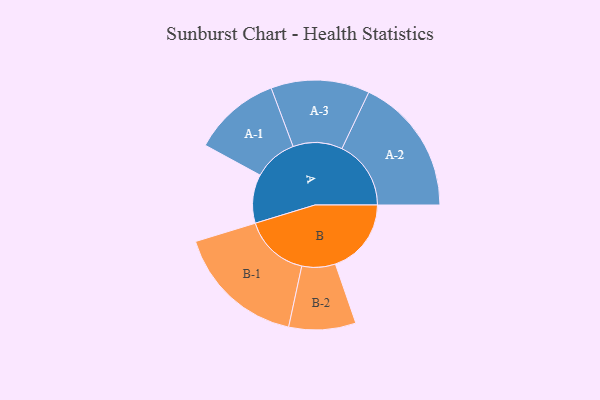
{"axis": {"x": "Segment", "y": "Value"}, "legend": ["", "A", "B"], "data": [{"x": "A", "y": 185, "type": ""}, {"x": "B", "y": 288, "type": ""}, {"x": "A-1", "y": 166, "type": "A"}, {"x": "A-2", "y": 262, "type": "A"}, {"x": "A-3", "y": 187, "type": "A"}, {"x": "B-1", "y": 247, "type": "B"}, {"x": "B-2", "y": 127, "type": "B"}]}